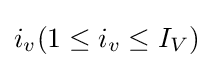
i_{v}(1\leq i_{v}\leq I_{V})